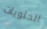
الحلويات